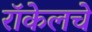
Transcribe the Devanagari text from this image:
रॉकेलचे